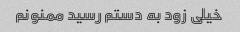
خیلی زود به دستم رسید ممنونم